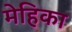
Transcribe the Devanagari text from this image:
मेहिका